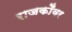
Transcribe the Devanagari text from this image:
राजकोँवर